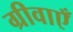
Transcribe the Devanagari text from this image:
ग्रीवाएँ